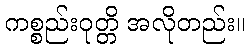
ကစ္စည်းဝုတ္တိ အလိုတည်း။